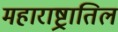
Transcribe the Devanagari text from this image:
महाराष्ट्रातिल